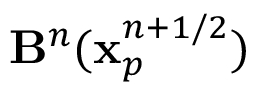
\mathbf { B } ^ { n } ( \mathbf { x } _ { p } ^ { n + 1 / 2 } )